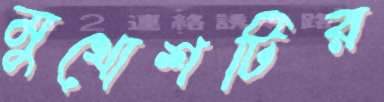
মুখোশটির